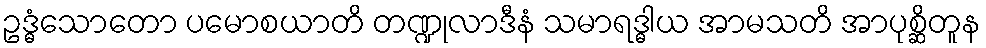
ဥဒ္ဓံသောတော ပမောစယာတိ တဏ္ဍုလာဒီနံ သမာရဒ္ဓါယ အာမသတိ အာပုစ္ဆိတူန